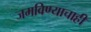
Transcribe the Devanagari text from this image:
जमविण्याचाही